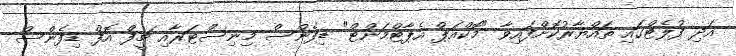
އަދި ފުލެޓްގައި ތައްޔާރުކޮށްފައިވާ "މޮކްއަޕް އެޕާޓްމަންޓް" ޑިފެންސް މިނިސްޓަރާއި ޗީފް އޮފް ޑިފެންސް